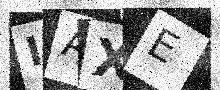
Text: IAXE